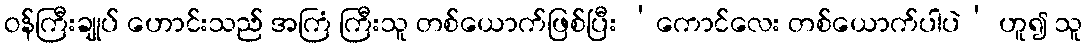
ဝန်ကြီးချုပ် ဟောင်းသည် အကြံ ကြီးသူ တစ်ယောက်ဖြစ်ပြီး ‘ကောင်လေး တစ်ယောက်ပါပဲ’ ဟူ၍ သူ